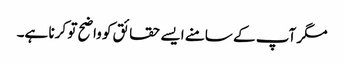
مگر آپ کے سامنے ایسے حقائق کو واضح تو کرنا ہے۔